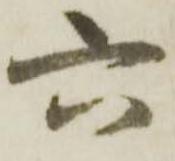
六